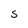
Character: s